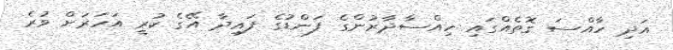
އަދި ހާއްސަ ގޮތެއްގައި ހިއްސާދާރުންގެ ފަންޑުގެ ފައިދާ އޭގެ ކުރީ އަހަރަށް ވުރެ